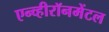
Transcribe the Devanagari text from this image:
एन्व्हीरॉनमेंटल